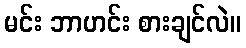
မင်း ဘာဟင်း စားချင်လဲ။